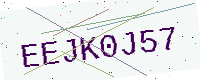
Text: EEJK0J57